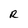
Character: R